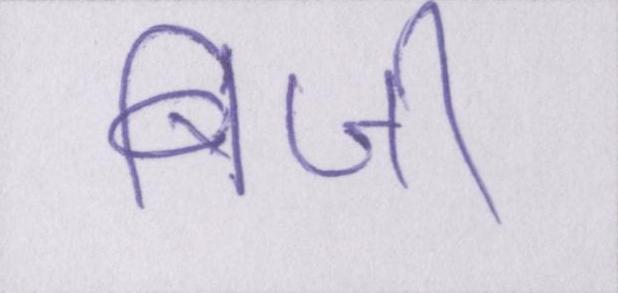
बिजी